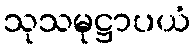
သုသမုဋ္ဌာပယံ